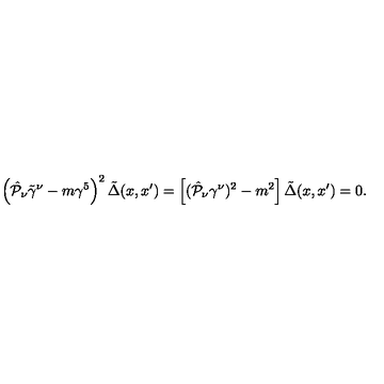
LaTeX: \left( \hat { { \cal P } } _ { \nu } \tilde { \gamma } ^ { \nu } - m \gamma ^ { 5 } \right) ^ { 2 } \tilde { \Delta } ( x , x ^ { \prime } ) = \left[ ( \hat { { \cal P } } _ { \nu } \gamma ^ { \nu } ) ^ { 2 } - m ^ { 2 } \right] \tilde { \Delta } ( x , x ^ { \prime } ) = 0 .